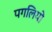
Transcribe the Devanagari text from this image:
पगलियो